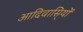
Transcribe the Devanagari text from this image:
आदिवासि्यों